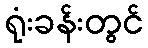
ရုံးခန်းတွင်